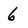
Character: 6